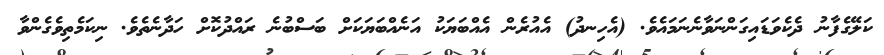
ކަލޭގެފާނު ދެކެވަޑައިގަންނަވާނެނަމައެވެ. (އެހިނދު) އެއުރެން އެއްބަޔަކު އަނެއްބަޔަކަށް ބަސްބުނެ ރައްދުކޮށް ހަދާނެތެވެ. ނިކަމެތިވެގެންވާ